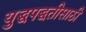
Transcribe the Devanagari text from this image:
युद्धपद्धतीसाठी